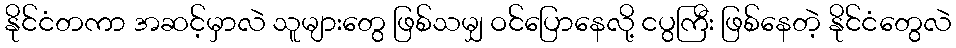
နိုင်ငံတကာ အဆင့်မှာလဲ သူများတွေ ဖြစ်သမျှ ဝင်ပြောနေလို့ ငပွကြီး ဖြစ်နေတဲ့ နိုင်ငံတွေလဲ